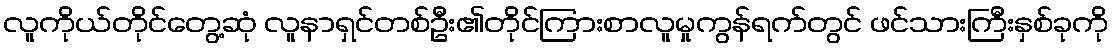
လူကိုယ်တိုင်တွေ့ဆုံ လူနာရှင်တစ်ဦး၏တိုင်ကြားစာလူမှုကွန်ရက်တွင် ဖင်သားကြီးနှစ်ခုကို